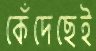
কেঁদেছেই